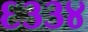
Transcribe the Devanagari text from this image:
६३३४